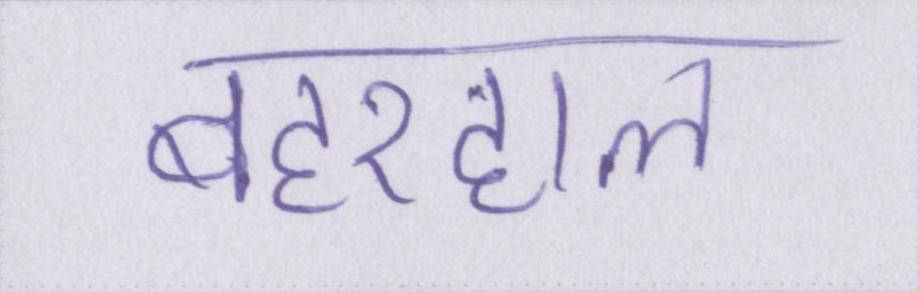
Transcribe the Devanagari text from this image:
बहरहाल